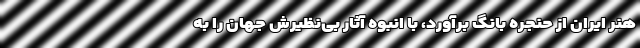
هنر ایران از حنجره بانگ برآورد، با انبوه آثار بی‌نظیرش جهان را به